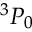
{ ^ 3 } P _ { 0 }